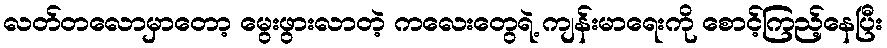
လတ်တလောမှာတော့ မွေးဖွားလာတဲ့ ကလေးတွေရဲ့ ကျန်းမာရေးကို စောင့်ကြည့်နေပြီး